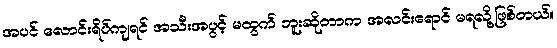
အပင် လောင်းရိပ်ကျရင် အသီးအပွင့် မထွက် ဘူးဆိုတာက အလင်းရောင် မရလို့ဖြစ်တယ်။